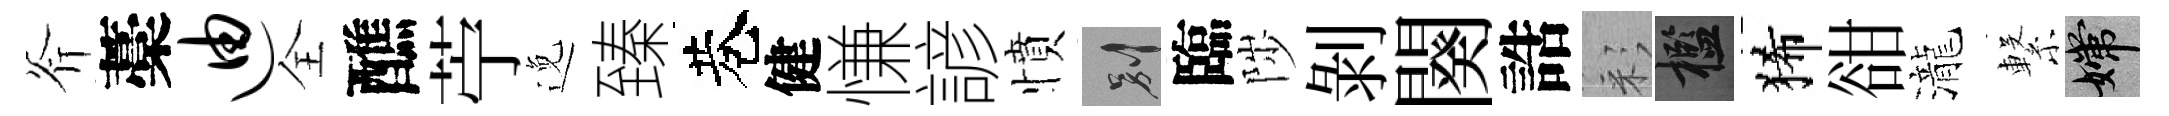
斧藁迪全醮苧𨓜臻巷健慊諺憤别臨陟剝闋誥彩檻狶𧮳瀧繋嫦